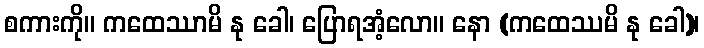
စကားကို။ ကထေဿာမိ နု ခေါ၊ ပြောရအံ့လော။ နော (ကထေဿမိ နု ခေါ)၊